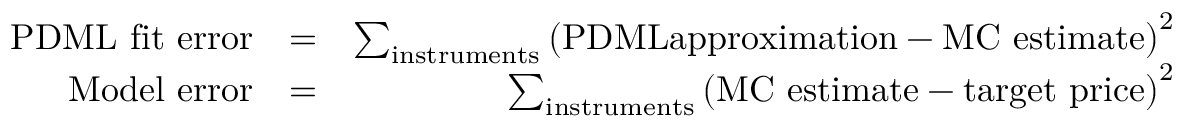
\begin{array} { r l r } { \mathrm { P D M L ~ f i t ~ e r r o r } } & { = } & { \sum _ { \mathrm { i n s t r u m e n t s } } \left( \mathrm { P D M L a p p r o x i m a t i o n } - \mathrm { M C ~ e s t i m a t e } \right) ^ { 2 } } \\ { \mathrm { M o d e l ~ e r r o r } } & { = } & { \sum _ { \mathrm { i n s t r u m e n t s } } \left( \mathrm { M C ~ e s t i m a t e } - \mathrm { t a r g e t ~ p r i c e } \right) ^ { 2 } } \end{array}